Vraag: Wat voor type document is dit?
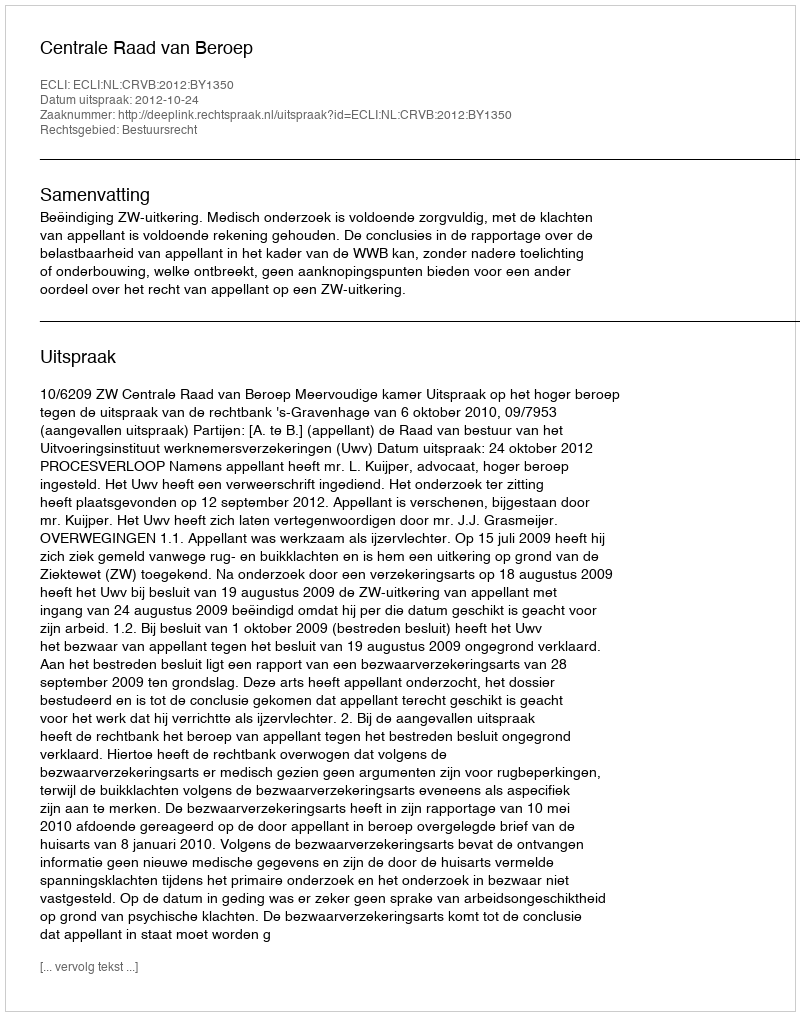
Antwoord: Uitspraak